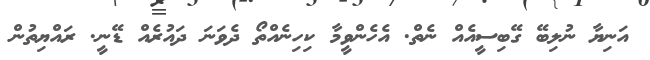
އަނިޔާ ނުލިބޭ ގޭބިސީއެއް ނެތް. އެހެންވީމާ ކިހިނެއްތޯ ދެވަނަ ދައުރެއް ޑޭނީ. ރައްޔިތުން